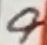
Text: 9